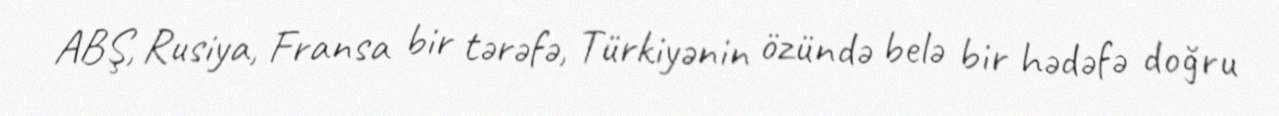
ABŞ, Rusiya, Fransa bir tərəfə, Türkiyənin özündə belə bir hədəfə doğru